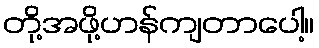
တို့အဖို့ဟန်ကျတာပေါ့။